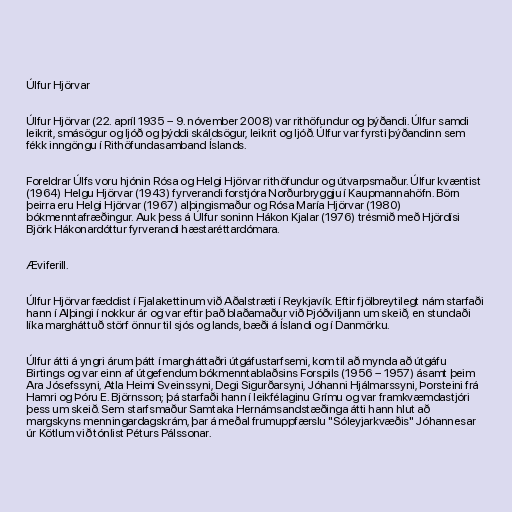
Úlfur Hjörvar

Úlfur Hjörvar (22. apríl 1935 – 9. nóvember 2008) var rithöfundur og þýðandi. Úlfur samdi
leikrit, smásögur og ljóð og þýddi skáldsögur, leikrit og ljóð. Úlfur var fyrsti þýðandinn sem
fékk inngöngu í Rithöfundasamband Íslands.

Foreldrar Úlfs voru hjónin Rósa og Helgi Hjörvar rithöfundur og útvarpsmaður. Úlfur kvæntist
(1964) Helgu Hjörvar (1943) fyrverandi forstjóra Norðurbryggju í Kaupmannahöfn. Börn
þeirra eru Helgi Hjörvar (1967) alþingismaður og Rósa María Hjörvar (1980)
bókmenntafræðingur. Auk þess á Úlfur soninn Hákon Kjalar (1976) trésmið með Hjördísi
Björk Hákonardóttur fyrverandi hæstaréttardómara.

Æviferill.

Úlfur Hjörvar fæddist í Fjalakettinum við Aðalstræti í Reykjavík. Eftir fjölbreytilegt nám starfaði
hann í Alþingi í nokkur ár og var eftir það blaðamaður við Þjóðviljann um skeið, en stundaði
líka margháttuð störf önnur til sjós og lands, bæði á Íslandi og í Danmörku.

Úlfur átti á yngri árum þátt í margháttaðri útgáfustarfsemi, kom til að mynda að útgáfu
Birtings og var einn af útgefendum bókmenntablaðsins Forspils (1956 – 1957) ásamt þeim
Ara Jósefssyni, Atla Heimi Sveinssyni, Degi Sigurðarsyni, Jóhanni Hjálmarssyni, Þorsteini frá
Hamri og Þóru E. Björnsson; þá starfaði hann í leikfélaginu Grímu og var framkvæmdastjóri
þess um skeið. Sem starfsmaður Samtaka Hernámsandstæðinga átti hann hlut að
margskyns menningardagskrám, þar á meðal frumuppfærslu "Sóleyjarkvæðis" Jóhannesar
úr Kötlum við tónlist Péturs Pálssonar.